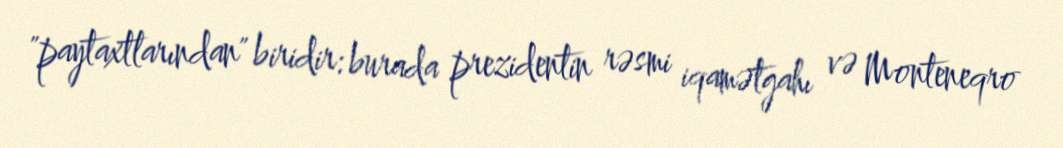
"paytaxtlarından" biridir: burada prezidentin rəsmi iqamətgahı və Monteneqro